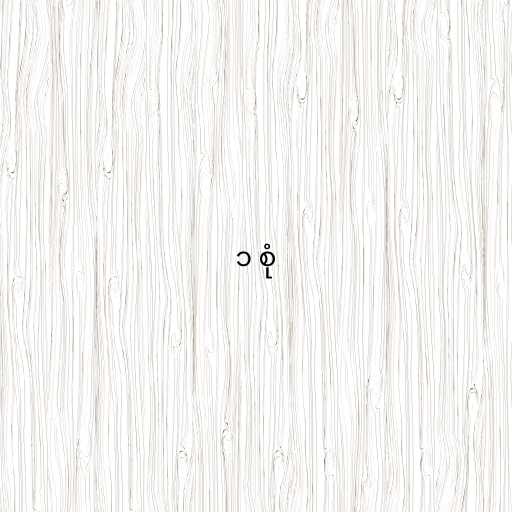
၁ စုံ